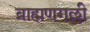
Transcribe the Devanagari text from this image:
ब्राह्मणगल्ली